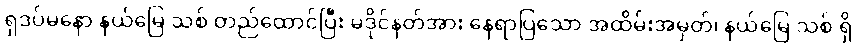
ရှဒပ်မနော နယ်မြေ သစ် တည်ထောင်ပြီး မဒိုင်နတ်အား နေရာပြသော အထိမ်းအမှတ်၊ နယ်မြေ သစ် ရှိ